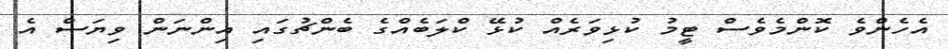
އެހެންވެ ކޮންމެވެސް ޓީމު ކުޅިވަރެއް ކުޅޭ ކްލަބެއްގެ ބެންޗުގައި އިންނަން ވިޔަސް އެ